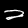
Label: 2